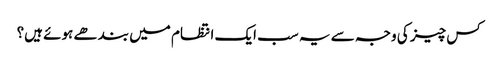
کس چیز کی وجہ سے یہ سب ایک انتظام میں بندھے ہوئے ہیں؟